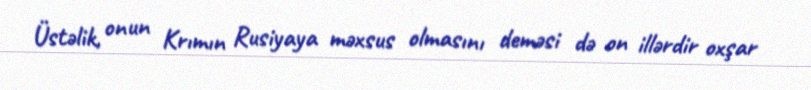
Üstəlik, onun Krımın Rusiyaya məxsus olmasını deməsi də on illərdir oxşar